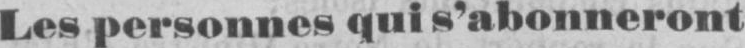
Les personnes qui s’abonneront